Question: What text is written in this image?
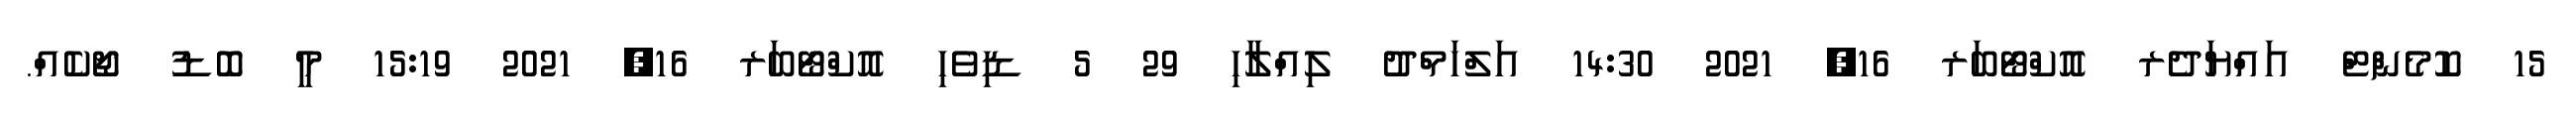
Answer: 15 ކޮމެންޓް އައްޔަދެރ އޮކްޓޯބަރ 16, 2021 14:30 އަލްހަމްދު ލިއްލާހި 29 5 ޑިވެހި އޮކްޓޯބަރ 16, 2021 15:19 މީ ބޮޑު ޖޯކެއް.